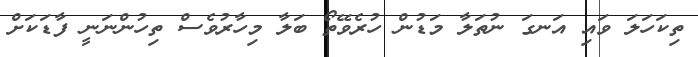
ތިކަހަލަ ވައި އަނގަ ނުތަލާ މަޑުން ހުރެވޭތޯ ބަލާ މިހާރުވެސް ތިހުންނަނީ ފާޑަކަށް